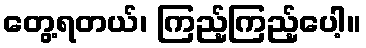
တွေ့ရတယ်၊ ကြည့်ကြည့်ပေါ့။